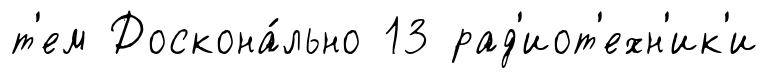
т'ем Доскона́льно 13 рад'иот'ехн'ик'и